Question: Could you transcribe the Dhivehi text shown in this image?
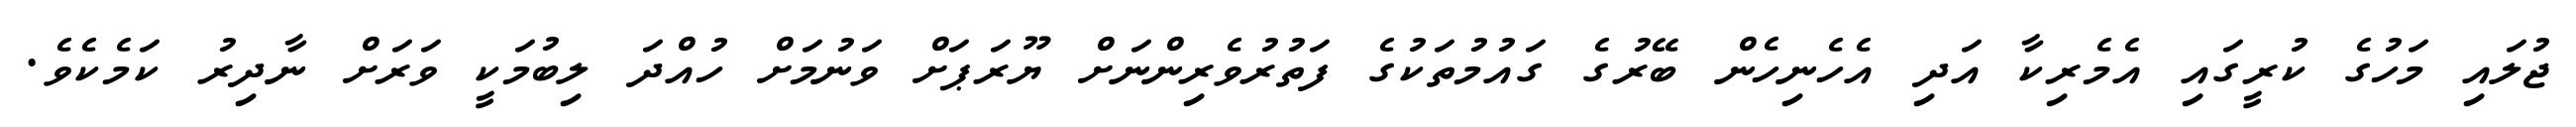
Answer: ޖުލައި މަހުގެ ކުރީގައި އެމެރިކާ އަދި އެހެނިހެން ބޭރުގެ ގައުމުތަކުގެ ފަތުރުވެރިންނަށް ޔޫރަޕަށް ވަނުމަށް ހުއްދަ ލިބުމަކީ ވަރަށް ނާދިރު ކަމެކެވެ.